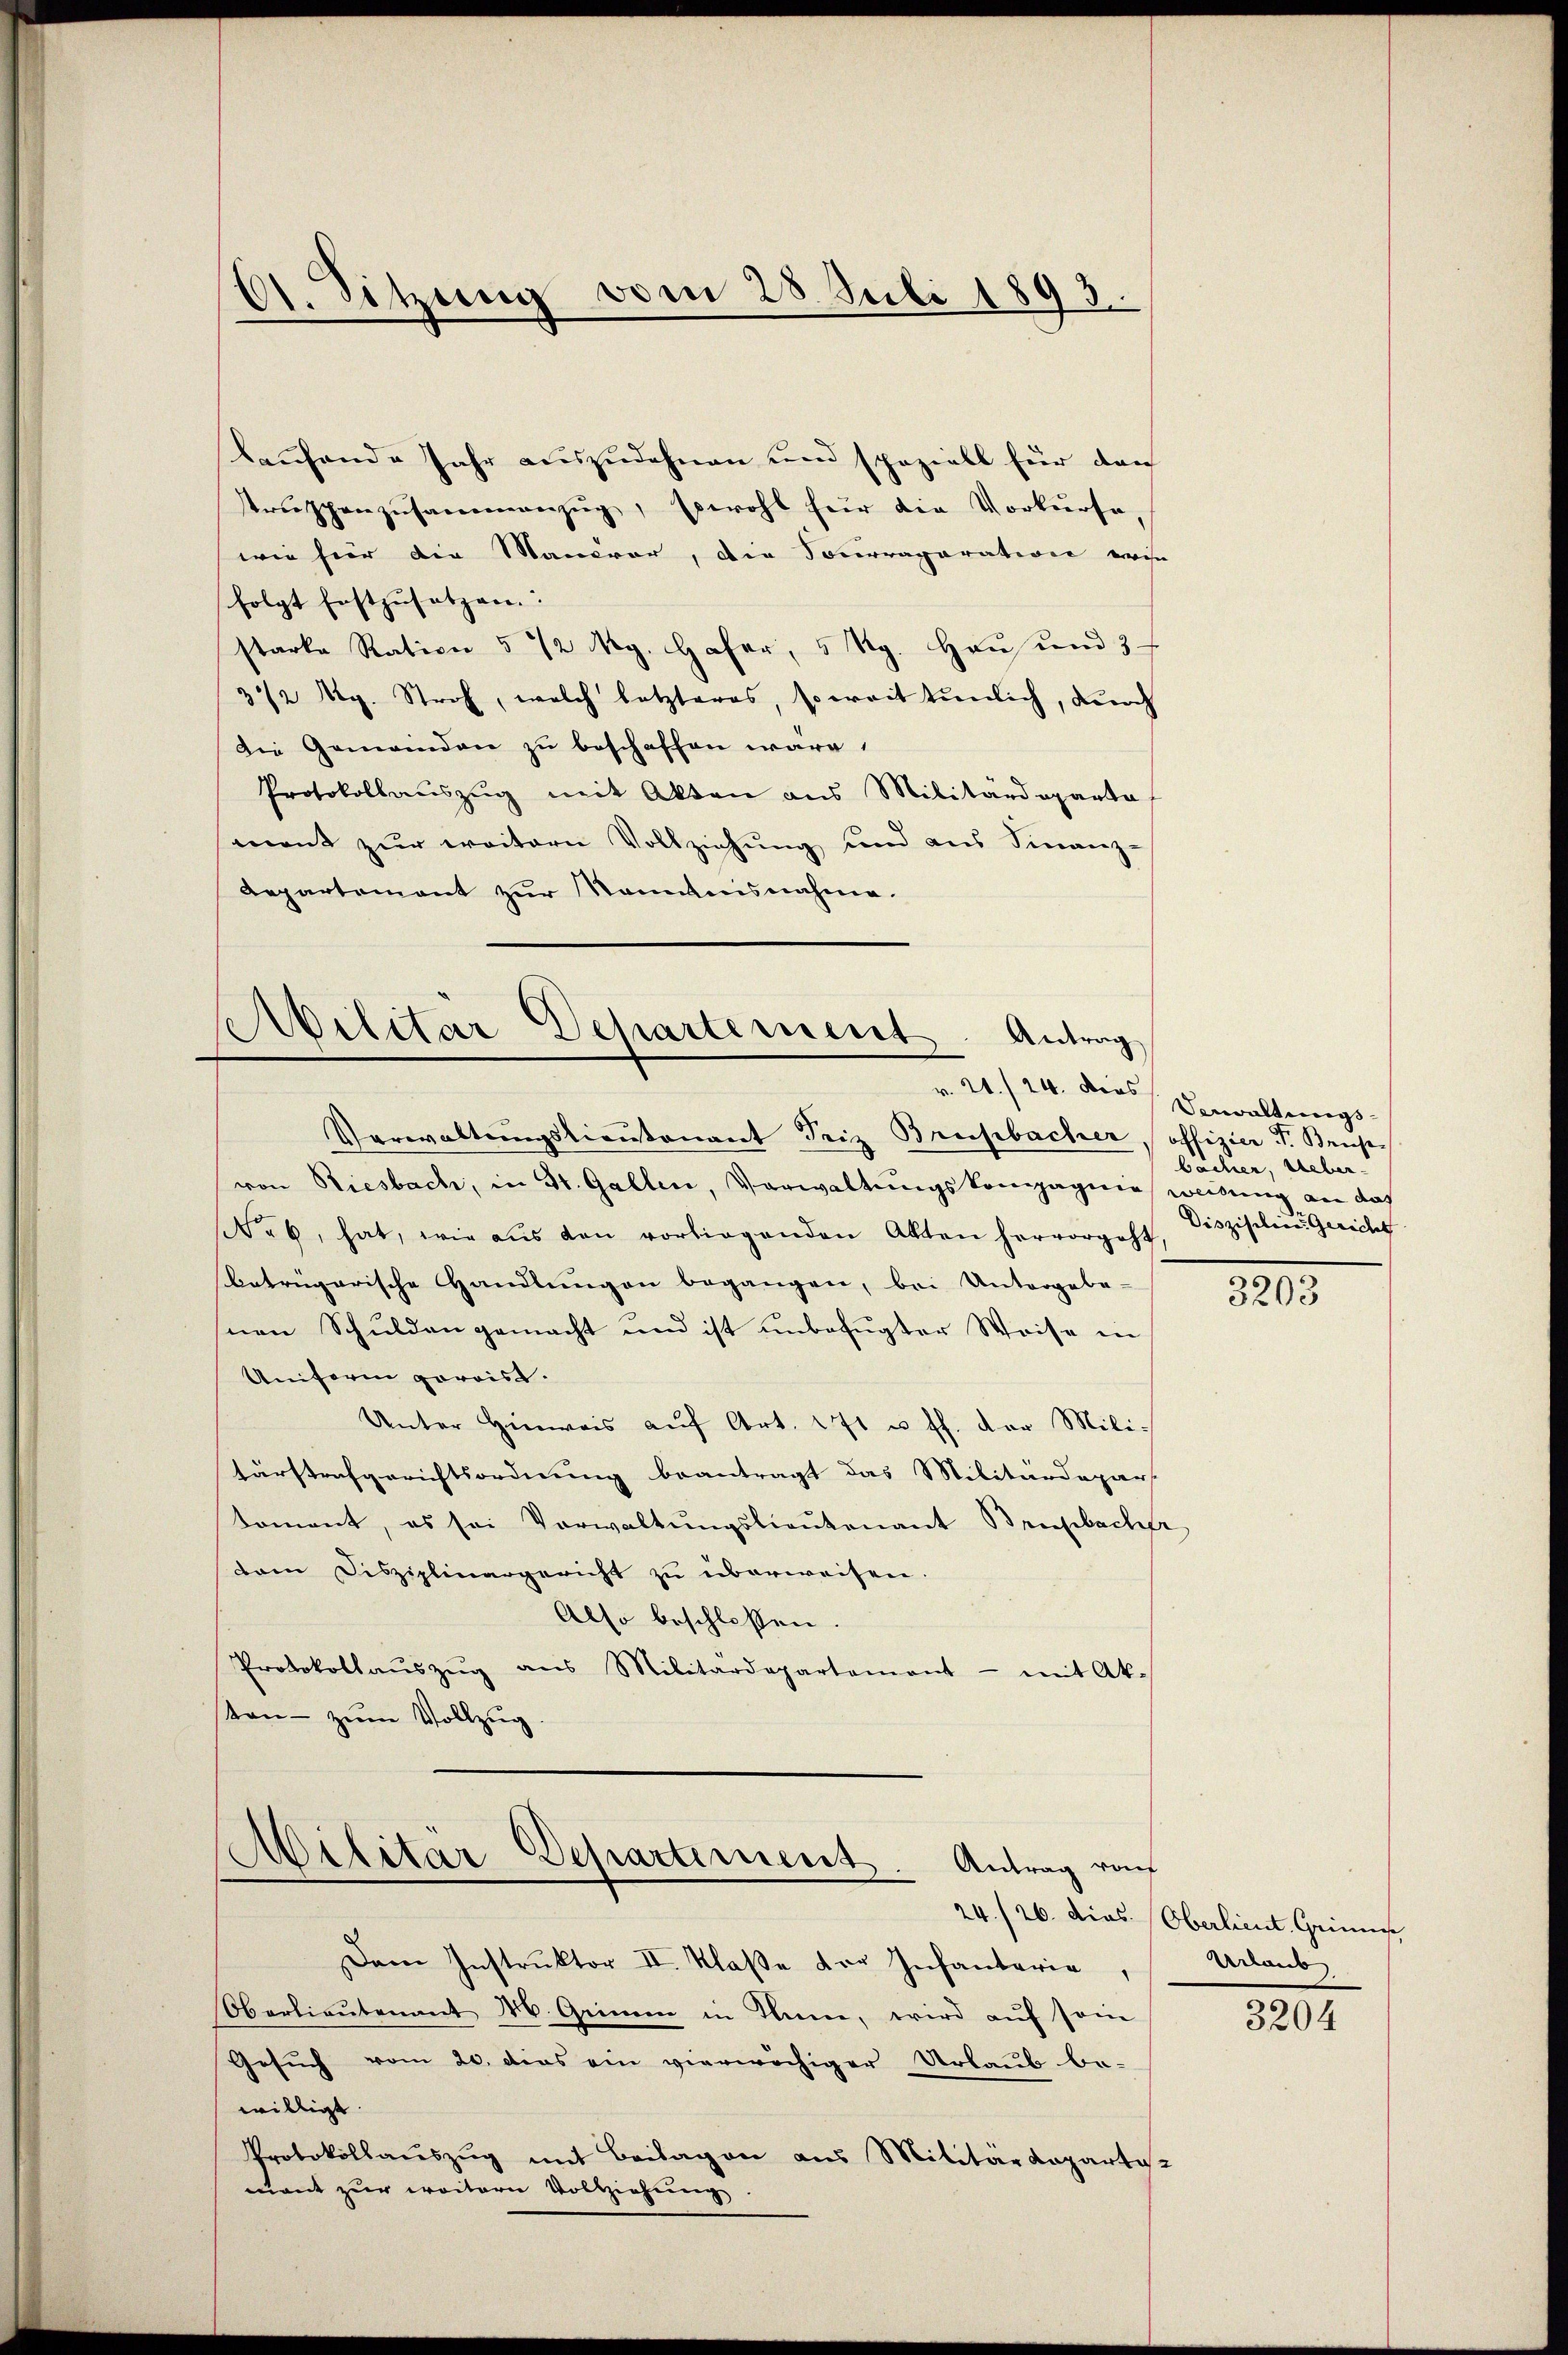
1. Sitzung vom 28. Juli 1893.

laufende Jahr auszudehnen und speziell für den
Trŭppenzusammenzug, sowohl für die Vorkurse,
wie heir die Mancrar, die Fourraparation ein
folgt festzusetzen. |
starke Ration 5 1/2 Mg. Hafer, 5 Rg. Haus und 3 f
3 1/2 Rp. Stroh, welch letzteres, soweit tunlich, durch
Die Gemeinden zu beschaffen wäre,
Protokollauszug mit Akten aus Militärdeparte
mont zur weitern Vollziehung und aus Finanz-
Departement zur Kenntnisnahme.

Militär Departement. Antrag
v. 21./24. Dies

Verwaltungstiantonant Friz Bresbacher, offizier J. Brupvon Riesbach, in St. Gallen, Vorwaltungskompagnie weidung an das
No 6, hat, wie aus den vorliegenden Akten hervorgeht
betrügerische Handlungen begangen, bei Untergebe-
snen Schulden gemacht und ist unbefugter Weise in
Uniform gereise.
Unter Hinweis aŭf Art. 171 u. ff. der Militärstrafgerichtsordnung beantragt das Militärdepar
Koment, es sei Vorwaltŭngslieutenant Briefbacher
dam Disziplinargericht zu überweisen.
Also beschlossen.
Protokollaŭszŭg ans Militärdepartement - mit Ak-
sten - zum Vollzug.

Militär-Departement. Antrag raf

Dem Instruktor II. Klaße vor Infantaria,
Oberlieŭtenant M. Grimm in Tanne, wird aŭf sein
Gesuch vom 20. dies ein vierwächiger Urlaub be-
willigt.
Protokollaŭszŭg mit Beilagen aus Militärdeparti
mant zur weitere Vollziehung

Verwaltungs-
bächer, Ueber.
Diszisilien Gericht

3203

24./26. dies Oberlieut. Grinne
Urlaub

3204